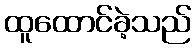
ထူထောင်ခဲ့သည်